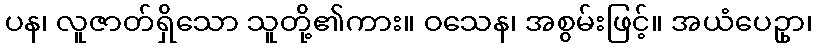
ပန၊ လူဇာတ်ရှိသော သူတို့၏ကား။ ဝသေန၊ အစွမ်းဖြင့်။ အယံပေဥှာ၊